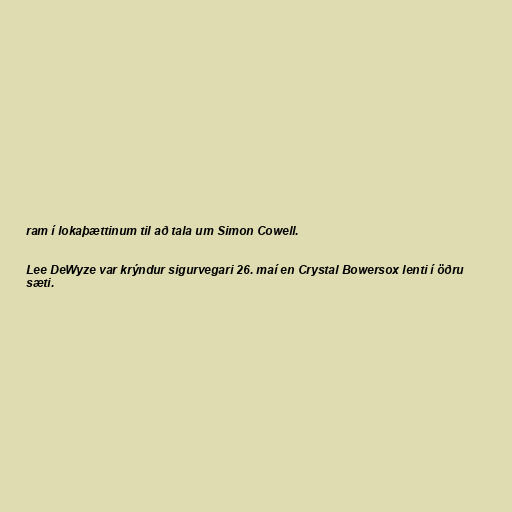
ram í lokaþættinum til að tala um Simon Cowell.

Lee DeWyze var krýndur sigurvegari 26. maí en Crystal Bowersox lenti í öðru
sæti.